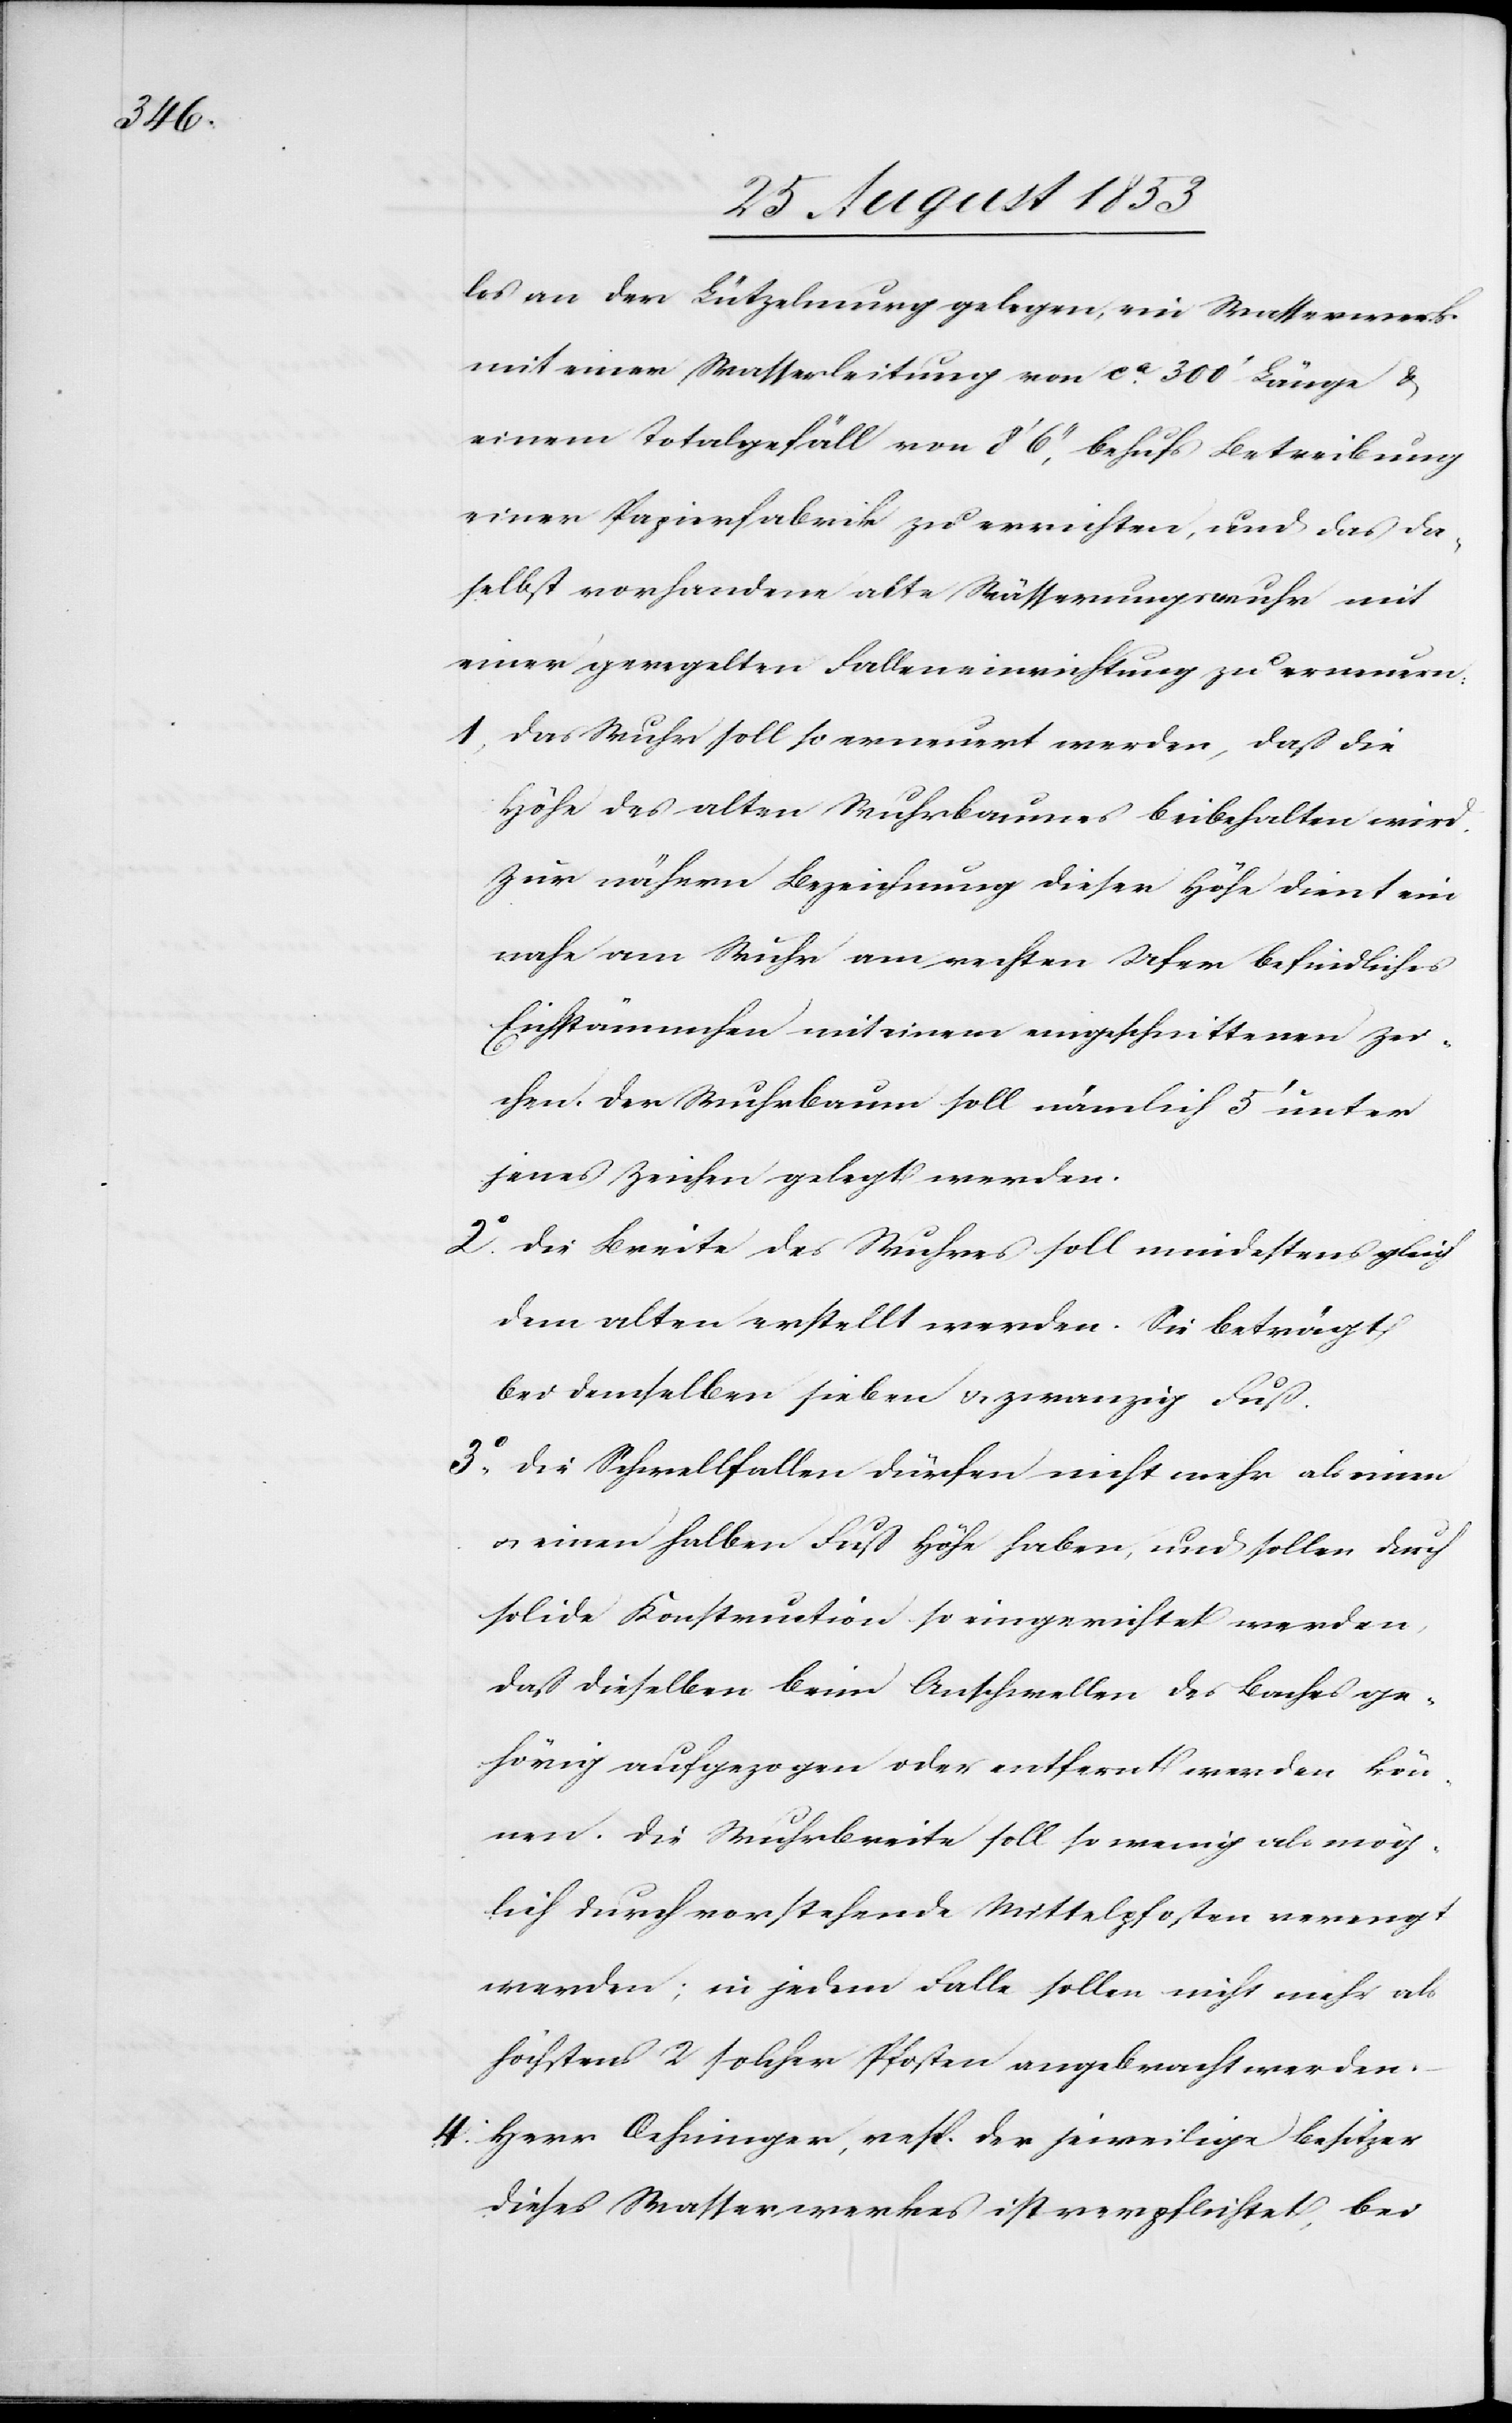
los an der Lützelmurg gelegen, ein Wasserwerk
mit einer Wasserleitung von ca 300’ Länge u.
einem Totalgefäll von 8’ 6“, behufs Betreibung
einer Papierfabrik zu errichten, und das da¬
selbst vorhandene alte Wässerungswuhr mit
einer geregelten Falleneinrichtung zu erneuern.
1, Das Wuhr soll so erneuert werden, daß die
Höhe des alten Wuhrbaumes beibehalten wird.
Zur nähern Bezeichnung dieser Höhe dient ein
nahe am Wuhr am rechten Ufer befindliches
Eichstämmchen mit einem angeschnittenen Zei¬
chen. Der Wuhrbaum soll nämlich 5’ unter
jenes Zeichen gelegt werden.
2° Die Breite des Wuhres soll mindestens gleich
dem alten erstellt werden. Sie beträgt
bei demselben sieben u. zwanzig Fuß.
3° Die Schwellfallen dürfen nicht mehr als einen
u. einen halben Fuß Höhe haben, und sollen durch
solide Konstruction so eingerichtet werden,
daß dieselben beim Anschwellen des Baches ge¬
hörig aufgezogen oder entfernt werden kön¬
nen. Die Wuhrbreite soll so wenig als mög¬
lich durch vorstehende Mittelposten verengt
werden; in jedem Falle sollen nicht mehr als
höchstens 2 solcher Pfosten angebracht werden.
4. Herr Oehninger, resp. der jeweilige Besitzer
dieses Wasserwerkes ist verpflichtet, bei